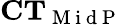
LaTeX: \mathbf{CT}_{\mathrm{~M~i~d~P~}}